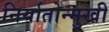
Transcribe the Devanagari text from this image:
निर्यातोन्मुखी